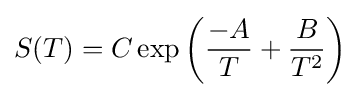
S(T)=C\exp \left({\frac {-A}{T}}+{\frac {B}{T^{2}}}\right)